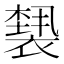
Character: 𰴆